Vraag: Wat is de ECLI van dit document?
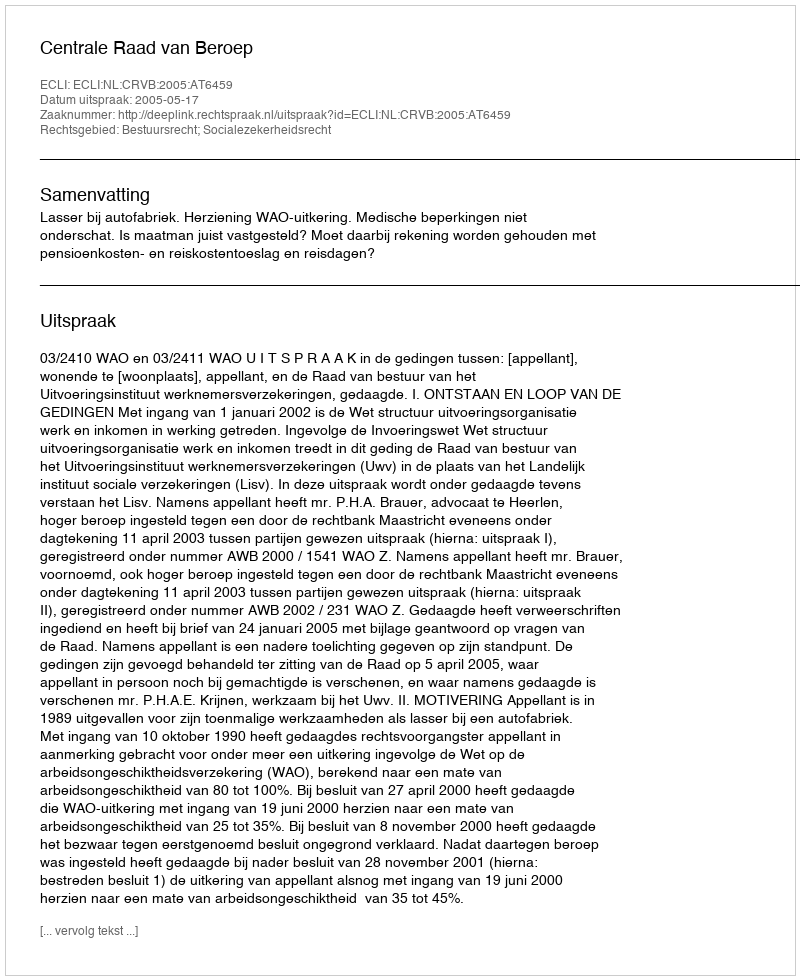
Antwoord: ECLI:NL:CRVB:2005:AT6459